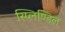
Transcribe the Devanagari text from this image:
स्प्लिण्डिल